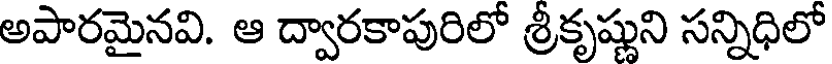
అపారమైనవి. ఆ ద్వారకాపురిలో శ్రీకృష్ణుని సన్నిధిలో